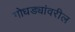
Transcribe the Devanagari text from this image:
गोधड्यांवरील